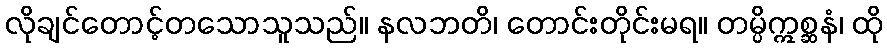
လိုချင်တောင့်တသောသူသည်။ နလဘတိ၊ တောင်းတိုင်းမရ။ တမ္ပိဣစ္ဆနံ၊ ထို